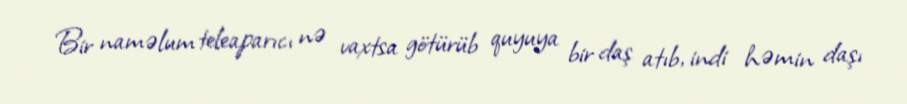
Bir naməlum teleaparıcı nə vaxtsa götürüb quyuya bir daş atıb, indi həmin daşı